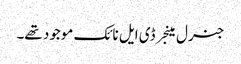
جنرل مینجر ڈی ایل نائک موجود تھے۔